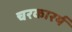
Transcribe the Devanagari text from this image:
चरकारर्य